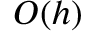
{ \cal O } ( h )